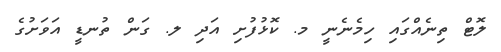
ލޮޓް ތިނެއްގައި ހިމެނެނީ މ. ކޮޅުފުށި އަދި ލ. ގަން ތުނޑީ އަވަށުގެ